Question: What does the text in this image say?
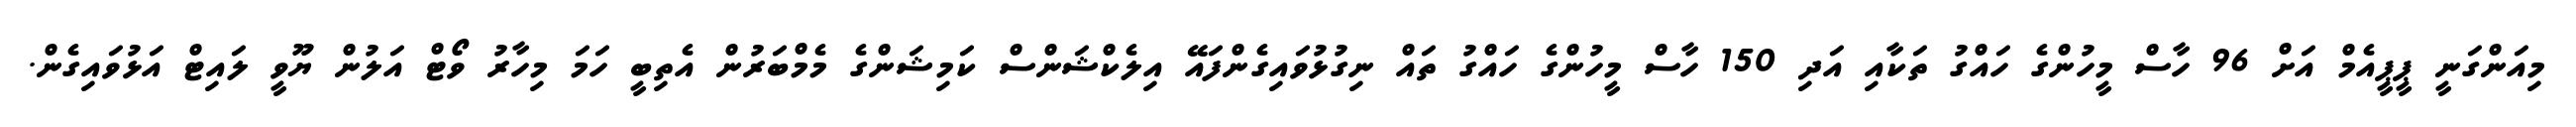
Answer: މިއަންގަނީ ޕީޕީއެމް އަށް 96 ހާސް މީހުންގެ ހައްގު ތަކާއި އަދި 150 ހާސް މީހުންގެ ހައްގު ތައް ނިގުޅުވައިގެންފައޭ އިލެކްޝަންސް ކަމިޝަންގެ މެމްބަރުން އެތިބީ ހަމަ މިހާރު ވޯޓް އަލުން ޔޫވީ ލައިޓް އަޅުވައިގެން.